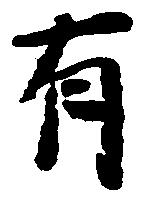
有